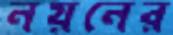
নয়নের